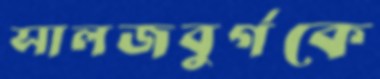
সালজবুর্গকে